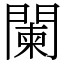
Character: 闌